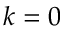
k = 0